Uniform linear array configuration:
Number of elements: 48
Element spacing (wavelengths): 0.25
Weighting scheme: uniform
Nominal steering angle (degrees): -30
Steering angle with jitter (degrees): -28.651
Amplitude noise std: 0.05
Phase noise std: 0.05

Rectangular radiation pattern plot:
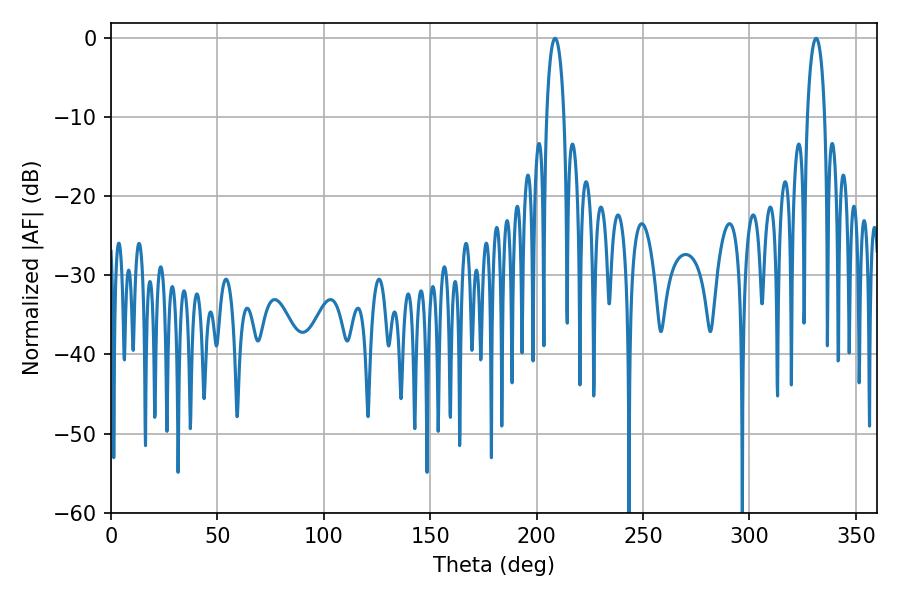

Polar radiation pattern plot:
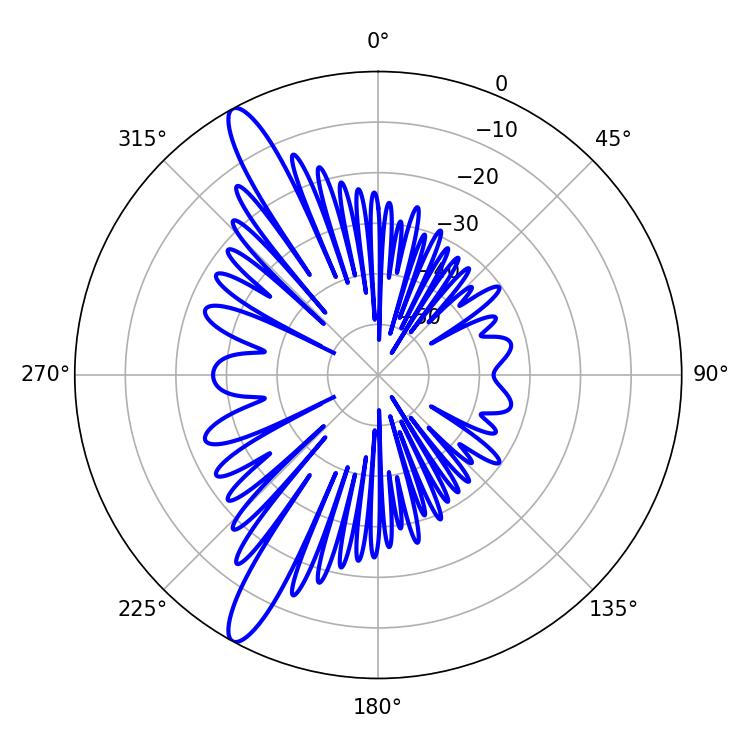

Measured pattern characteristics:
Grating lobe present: FALSE
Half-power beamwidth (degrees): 4.5
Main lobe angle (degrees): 331.38